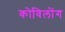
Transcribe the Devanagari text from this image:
कोविलोंग